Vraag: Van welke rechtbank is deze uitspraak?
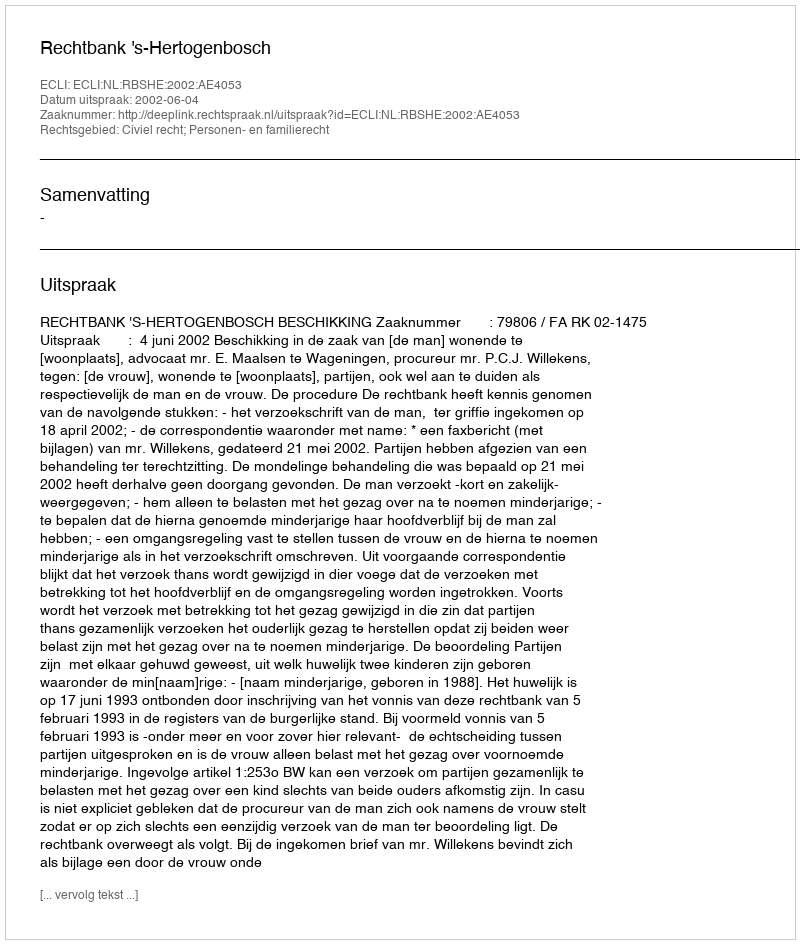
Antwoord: Rechtbank 's-Hertogenbosch